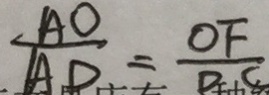
\frac { A O } { A D } = \frac { O F } { D C }